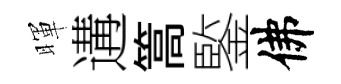
暉遘篙鍳佛